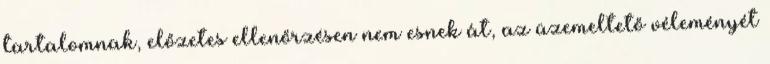
tartalomnak, előzetes ellenőrzésen nem esnek át, az üzemeltető véleményét